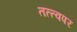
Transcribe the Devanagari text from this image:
तत्त्वपर